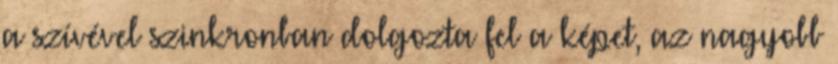
a szívével szinkronban dolgozta fel a képet, az nagyobb